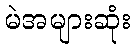
မဲအများဆုံး